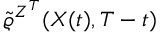
\tilde { \varrho } ^ { Z ^ { T } } ( X ( t ) , T - t )